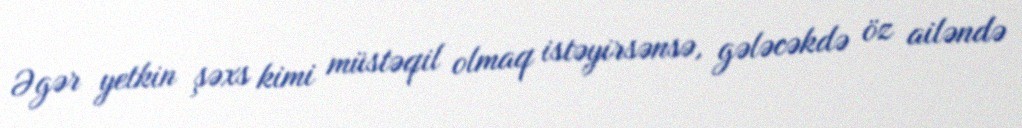
Əgər yetkin şəxs kimi müstəqil olmaq istəyirsənsə, gələcəkdə öz ailəndə